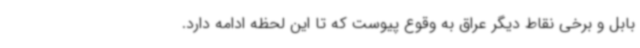
بابل و برخی نقاط دیگر عراق به وقوع پیوست که تا این لحظه ادامه دارد.